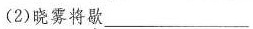
(2)晓雾将歇___